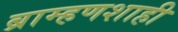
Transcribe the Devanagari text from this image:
ब्राम्हणशाही